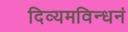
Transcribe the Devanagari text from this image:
दिव्यमविन्धनं